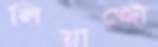
লিয়াজোঁ